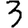
Digit: 3